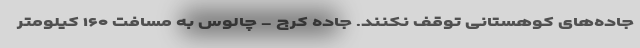
جاده‌های کوهستانی توقف نکنند. جاده کرج - چالوس به مسافت ۱۶۰ کیلومتر